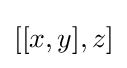
[[x,y],z]